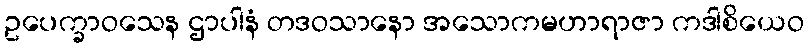
ဥပေက္ခာဝသေန ဌာပါနံ တဒဝသာနော အသောကမဟာရာဇာ ကဒါစိယေဝ